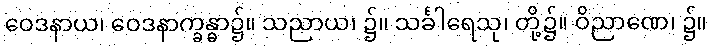
ဝေဒနာယ၊ ဝေဒနာက္ခန္ဓာ၌။ သညာယ၊ ၌။ သင်္ခါရေသု၊ တို့၌။ ဝိညာဏေ၊ ၌။